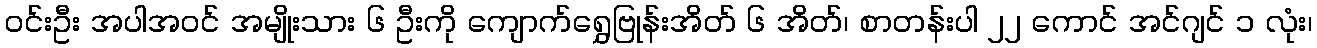
ဝင်းဦး အပါအဝင် အမျိုးသား ၆ ဦးကို ကျောက်ရွှေဗြုန်းအိတ် ၆ အိတ်၊ စာတန်းပါ ၂၂ ကောင် အင်ဂျင် ၁ လုံး၊